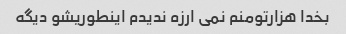
بخدا هزارتومنم نمی ارزه ندیدم اینطوریشو دیگه